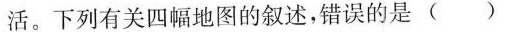
活。下列有关四幅地图的叙述，错误的是( )